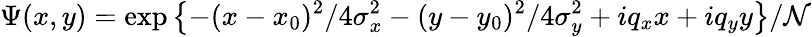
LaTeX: \Psi(x,y)=\exp{\left\{ -(x-x_{0})^{2}/4\sigma_{x}^{2}-(y-y_{0})^{2}/4\sigma_{y}^{2}+iq_{x}x+iq_{y}y\right\} }/\mathcal{N}